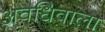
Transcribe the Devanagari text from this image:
अवधिवाला